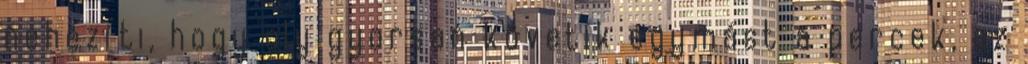
nehezíti, hogy oly gyorsan követik egymást a percek, az